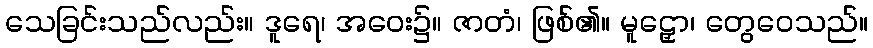
သေခြင်းသည်လည်း။ ဒူရေ၊ အဝေး၌။ ဇာတံ၊ ဖြစ်၏။ မူဠှော၊ တွေဝေသည်။